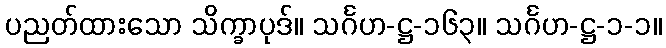
ပညတ်ထားသော သိက္ခာပုဒ်။ သင်္ဂဟ-ဋ္ဌ-၁၆၃။ သင်္ဂဟ-ဋ္ဌ-၁-၁။